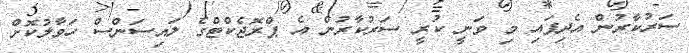
ސަރުކާރުން އެދިފައި މި ވަނީ ކުރީ ސަރުކާރުން އެ ޕްރޮޖެކްޓްގެ ލައިސަންސް ހަވާލުކޮށް